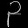
Digit: ၃